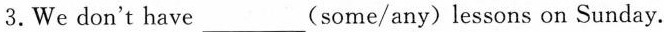
3.We don't have___(some/any) lessons on Sunday.